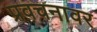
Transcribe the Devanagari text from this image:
प्रवचनावर